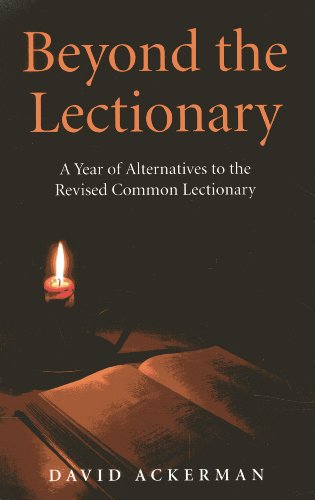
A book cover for Beyond the Lectionary: A Year of Alternatives to the Revised Common Lectionary; David Ackerman; Religion & Spirituality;